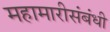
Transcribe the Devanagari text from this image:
महामारीसंबंधी